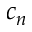
c _ { n }